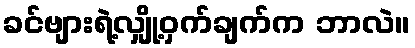
ခင်ဗျားရဲ့လျှို့ဝှက်ချက်က ဘာလဲ။